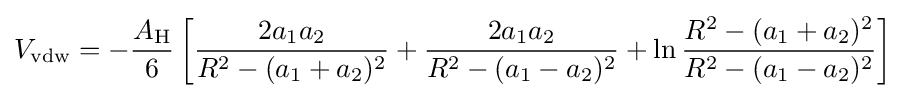
V_{\text{vdw}}=-{\frac {A_{\text{H}}}{6}}\left[{\frac {2a_{1}a_{2}}{R^{2}-(a_{1}+a_{2})^{2}}}+{\frac {2a_{1}a_{2}}{R^{2}-(a_{1}-a_{2})^{2}}}+\ln {\frac {R^{2}-(a_{1}+a_{2})^{2}}{R^{2}-(a_{1}-a_{2})^{2}}}\right]